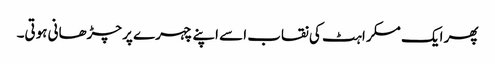
پھر ایک مسکراہٹ کی نقاب اسے اپنے چہرے پر چڑھانی ہوتی۔